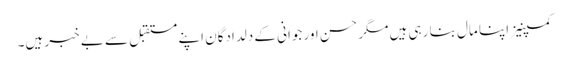
کمپنیز اپنا مال بنا رہی ہیں مگر حسن اور جوانی کے دلدادگان اپنے مستقبل سے بے خبر ہیں۔